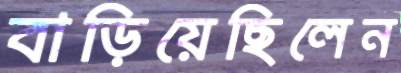
বাড়িয়েছিলেন